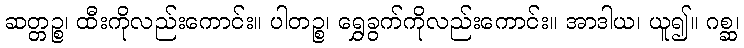
ဆတ္တဉ္စ၊ ထီးကိုလည်းကောင်း။ ပါတဉ္စ၊ ရွှေခွက်ကိုလည်းကောင်း။ အာဒါယ၊ ယူ၍။ ဂစ္ဆ၊